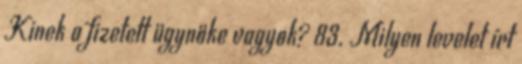
Kinek a fizetett ügynöke vagyok? 83. Milyen levelet írt